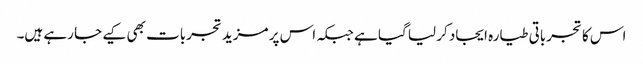
اس کا تجرباتی طیارہ ایجاد کر لیا گیا ہے جبکہ اس پر مزید تجربات بھی کیے جا رہے ہیں۔